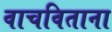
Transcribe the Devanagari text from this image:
वाचविताना